Report of the Indian Hemp Drugs Commission, 1894-1895 - Volume IV
Year: 1894
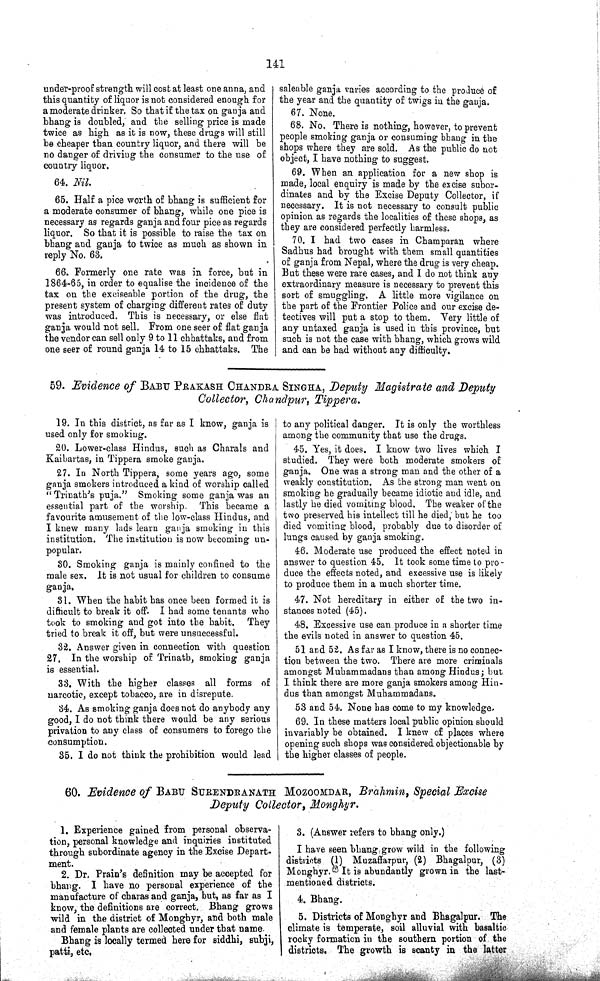
141
under-proof strength will cost at least one anna, and
this quantity of liquor is not considered enough for
a moderate drinker, So that if the tax on ganja and
bhang is doubled, and the selling price is made
twice as high as it is now, these drugs will still
be cheaper than country liquor, and there will be
no danger of driving the consumer to the use of
country liquor.
64. Nil.
65. Half a pice worth of bhang is sufficient for
a moderate consumer of bhang, while one pice is
necessary as regards ganja and four pice as regards
liquor. So that it is possible to raise the tax on
bhang and ganja to twice as much as shown in
reply No. 63.
66. Formerly one rate was in force, but in
1864-65, in order to equalise the incidence of the
tax on the exciseable portion of the drug, the
present system of charging different rates of duty
was introduced. This is necessary, or else flat
ganja would not sell. From one seer of flat ganja
the vendor can sell only 9 to 11 chhattaks, and from
one seer of round ganja 14 to 15 chhattaks. The
saleable ganja varies according to the produce of
the year and the quantity of twigs in the ganja.
67. None.
68. No. There is nothing, however, to prevent
people smoking ganja or consuming bhang in the
shops where they are sold. As the public do not
object, I have nothing to suggest.
69. When an application for a new shop is
made, local enquiry is made by the excise subor¬
dinates and by the Excise Deputy Collector, if
necessary. It is not necessary to consult public
opinion as regards the localities of these shops, as
they are considered perfectly harmless.
70. I had two cases in Champaran where
Sadhus had brought with them small quantities
of ganja from Nepal, where the drug is very cheap.
But these were rare cases, and I do not think any
extraordinary measure is necessary to prevent this
sort of smuggling. A little more vigilance on
the part of the Frontier Police and our excise de¬
tectives will put a stop to them. Very little of
any untaxed ganja is used in this province, but
such is not the case with bhang, which grows wild
and can be had without any difficulty.
59. Evidence of BABU PRAKASH CHANDRA SINGHA, Deputy Magistrate and Deputy
Collector, Chandpur, Tippera.
19. In this district, as far as I know, ganja is
used only for smoking.
20. Lower-class Hindus, such as Charals and
Kaibartas, in Tippera smoke ganja.
27. In North Tippera, some years ago, some
ganja smokers introduced a kind of worship called
"Trinath's puja." Smoking some ganja was an
essential part of the worship. This became a
favourite amusement of the low-class Hindus, and
I knew many lads learn ganja smoking in this
institution. The institution is now becoming un¬
popular.
30. Smoking ganja is mainly confined to the
male sex. It is not usual for children to consume
ganja.
31. When the habit has once been formed it is
difficult to break it off. I had some tenants who
took to smoking and got into the habit. They
tried to break it off, but were unsuccessful.
32. Answer given in connection with question
27. In the worship of Trinath, smoking ganja
is essential.
33. With the higher classes all forms of
narcotic, except tobacco, are in disrepute.
34. As smoking ganja does not do anybody any
good, I do not think there would be any serious
privation to any class of consumers to forego the
consumption.
35. I do not think the prohibition would lead
to any political danger. It is only the worthless
among the community that use the drugs.
45. Yes, it does. I know two lives which I
studied. They were both moderate smokers of
ganja. One was a strong man and the other of a
weakly constitution. As the strong man went on
smoking he gradually became idiotic and idle, and
lastly he died vomiting blood. The weaker of the
two preserved his intellect till he died, but he too
died vomiting blood, probably due to disorder of
lungs caused by ganja smoking.
46. Moderate use produced the effect noted in
answer to question 45. It took some time to pro¬
duce the effects noted, and excessive use is likely
to produce them in a much shorter time.
47. Not hereditary in either of the two in¬
stances noted (45).
48. Excessive use can produce in a shorter time
the evils noted in answer to question 45.
51 and 52. As far as I know, there is no connec¬
tion between the two. There are more criminals
amongst Muhammadans than among Hindus; but
I think there are more ganja smokers among Hin¬
dus than amongst Muhammadans.
53 and 54. None has come to my knowledge.
69. In these matters local public opinion should
invariably be obtained. I knew of places where
opening such shops was considered objectionable by
the higher classes of people.
60. Evidence of BABU SURENDRANATH MOZOOMDAR, Brahmin, Special Excise
Deputy Collector, Monghyr.
1. Experience gained from personal observa¬
tion, personal knowledge and inquiries instituted
through subordinate agency in the Excise Depart¬
ment.
2. Dr. Prain's definition may be accepted for
bhang. I have no personal experience of the
manufacture of charas and ganja, but, as far as I
know, the definitions are correct, Bhang grows
wild in the district of Monghyr, and both male
and female plants are collected under that name.
Bhang is locally termed here for siddhi, subji,
patti, etc.
3. (Answer refers to bhang only.)
I have seen bhang grow wild in the following
districts (1) Muzaffarpur, (2) Bhagalpur, (3)
Monghyr. It is abundantly grown in the last-
mentioned districts.
4. Bhang.
5. Districts of Monghyr and Bhagalpur. The
climate is temperate, soil alluvial with basaltic
rocky formation in the southern portion of the
districts. The growth is scanty in the latter